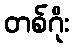
တစ်ဂိုး